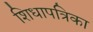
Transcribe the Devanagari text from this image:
शिधापत्रिका